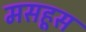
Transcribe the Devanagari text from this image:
मसहूस